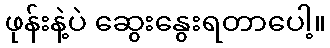
ဖုန်းနဲ့ပဲ ဆွေးနွေးရတာပေါ့။